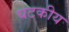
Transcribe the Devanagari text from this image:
घटकीय